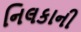
નિલકાની